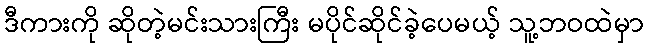
ဒီကားကို ဆိုတဲ့မင်းသားကြီး မပိုင်ဆိုင်ခဲ့ပေမယ့် သူ့ဘဝထဲမှာ